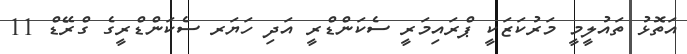
އަތޮޅު ތައުލީމީ މަރުކަޒަކީ ޕްރައިމަރީ ސެކަންޑްރީ އަދި ހަޔަރ ސެކަންޑްރީގެ ގްރޭޑް 11